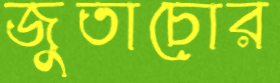
জুতাচোর